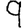
Digit: 9